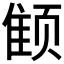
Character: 𱂭